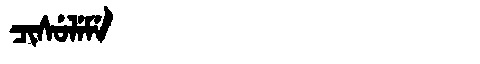
Manchu: ᠴᡳᠰᡠᠯᡝᠮᡝ
Romanization: CISULEME